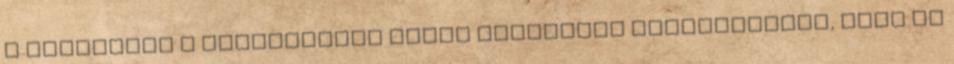
a leírásnál a biztosított szóra kattintva megtalálható, hogy ki